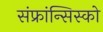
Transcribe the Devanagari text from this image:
संफ्रांन्सिस्को